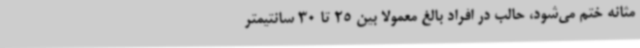
مثانه ختم می‌شود، حالب در افراد بالغ معمولاً بین 25 تا 30 سانتیمتر